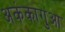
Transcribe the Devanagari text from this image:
अकंकागुआ